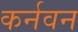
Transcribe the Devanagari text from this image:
कर्नवन